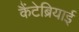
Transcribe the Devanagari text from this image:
कैंटेब्रियाई